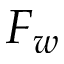
F _ { w }